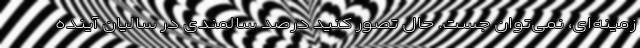
زمینه‌ای، نمی‌توان جست. حال تصور کنید درصد سالمندی در سالیان آینده